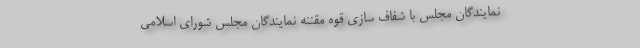
نمایندگان مجلس با شفاف سازی قوه مقننه نمایندگان مجلس شورای اسلامی